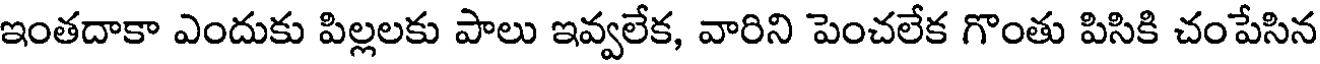
ఇంతదాకా ఎందుకు పిల్లలకు పాలు ఇవ్వలేక, వారిని పెంచలేక గొంతు పిసికి చంపేసిన